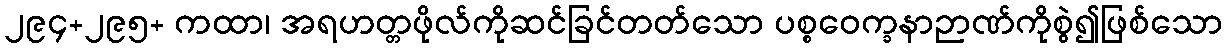
၂၉၄+၂၉၅+ ကထာ၊ အရဟတ္တဖိုလ်ကိုဆင်ခြင်တတ်သော ပစ္စဝေက္ခနာဉာဏ်ကိုစွဲ၍ဖြစ်သော